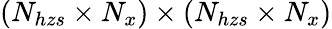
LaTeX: \left(N_{hzs}\times N_{x}\right)\times\left(N_{hzs}\times N_{x}\right)